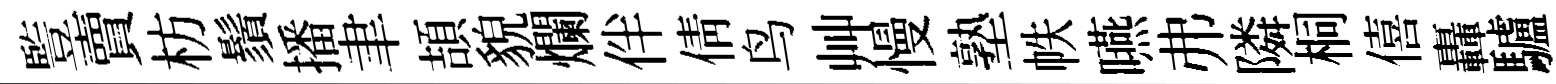
䜿賣枋鬚播聿頡貌爛伴倩鸟艸慢塾帙嚥弗隣桐僖轟驢